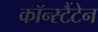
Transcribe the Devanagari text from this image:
कॉन्स्टैंटेन